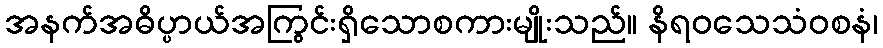
အနက်အဓိပ္ပာယ်အကြွင်းရှိသောစကားမျိုးသည်။ နိရဝသေသံဝစနံ၊